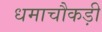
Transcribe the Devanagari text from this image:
धमाचौकड़ी